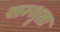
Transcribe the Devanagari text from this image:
सम्भृतः